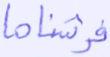
فرشناها